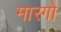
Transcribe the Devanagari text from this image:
मारगो